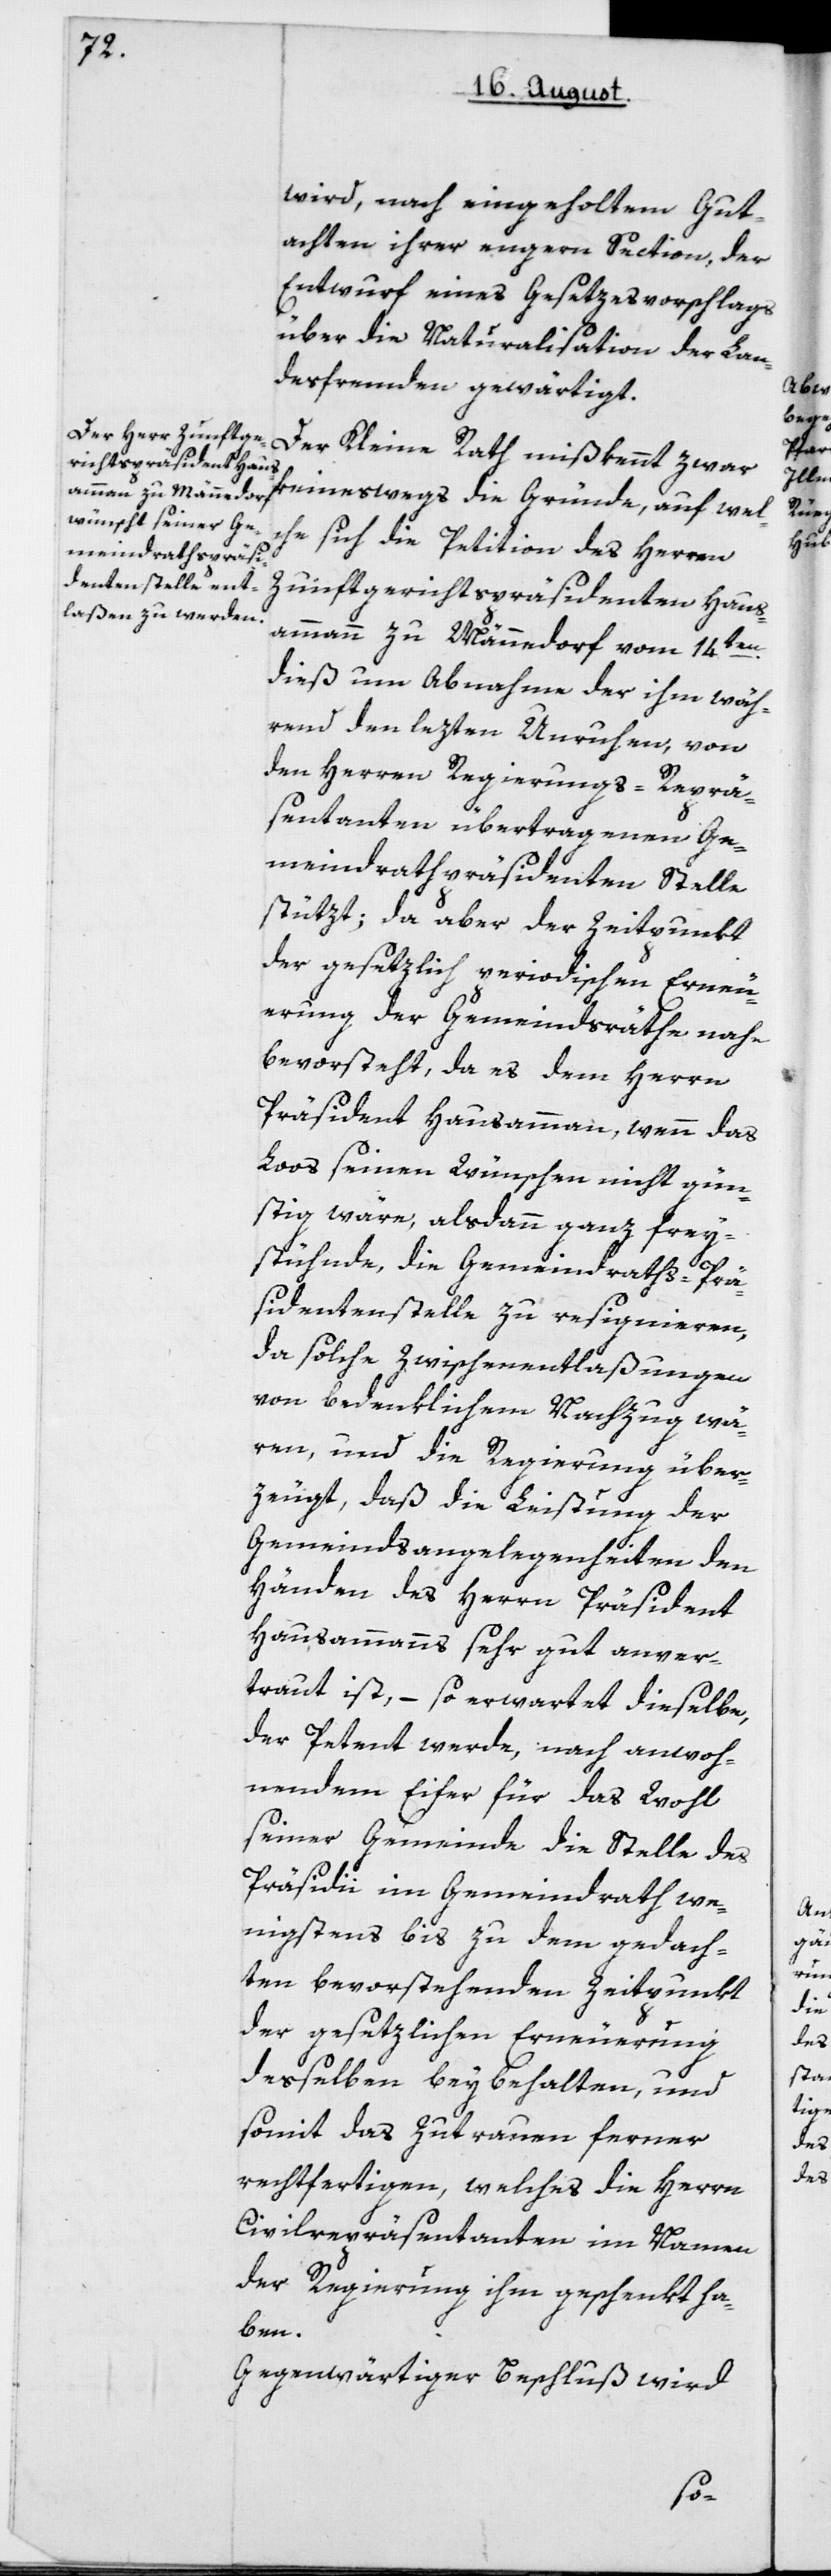
wird, nach eingeholtem Gut¬
achten ihrer engeren Section, der
Entwurf eines Gesetzesvorschlags
über die Naturalisation der Lan¬
desfremden gewärtigt.
keineswegs die Gründe, auf wel¬
che sich die Petition des Herren
Zunftgerichtspräsidenten Haus¬
ammann zu Männedorf vom 14ten
dieß um Abnahme der ihm wäh¬
rend den lezten Unruhen von
den Herren Regierungs-Reprä¬
sentanten übertragenen Ge¬
meindrathspräsidenten-Stelle
stützt, da aber der Zeitpunkt
der gesetzlich periodischen Erneu¬
erung der Gemeindsräthe nahe
bevorsteht, da es dem Herrn
Präsident Hausammann, wenn das
Loos seinen Wünschen nicht gün¬
stig wäre, alsdann ganz frei¬
stünde, die Gemeindraths-Prä¬
sidentenstelle zu resignieren,
da solche Zwischenentlaßungen
von bedenklichem Nachzug wä¬
ren, und die Regierung über¬
zeugt, daß die Leistung der
Gemeindsangelegenheiten den
Händen des Herrn Präsident
Hausammann sehr gut anver¬
traut ist, – so erwartet dieselbe,
der Petent werde, nach anwoh¬
nendem Eifer für das Wohl
seiner Gemeinde die Stelle des
Präsidii im Gemeindrath we¬
nigstens bis zu dem gedach¬
ten bevorstehenden Zeitpunkt
der gesetzlichen Erneuerung
deßelben beybehalten, und
somit das Zutrauen ferner
rechtfertigen, welches die Herrn
Civilrepräsentanten im Namen
der Regierung ihm geschenkt ha¬
ben.
Gegenwärtiger Beschluß wird